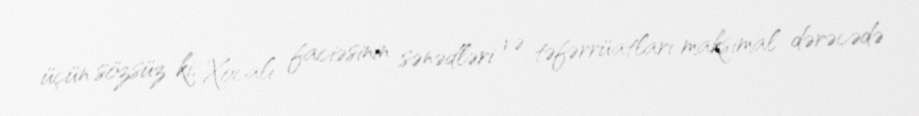
üçün sözsüz ki, Xocalı faciəsinin sənədləri və təfərrüatları maksimal dərəcədə